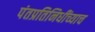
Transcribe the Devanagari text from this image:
पंतप्रतिनिधींच्याच